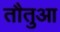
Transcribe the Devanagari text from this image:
तौतुआ